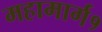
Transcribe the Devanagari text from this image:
महामार्ग१